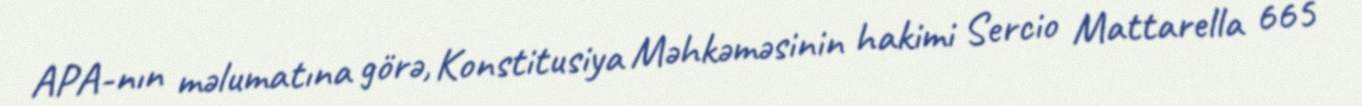
APA-nın məlumatına görə, Konstitusiya Məhkəməsinin hakimi Sercio Mattarella 665